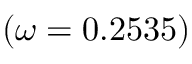
( \omega = 0 . 2 5 3 5 )